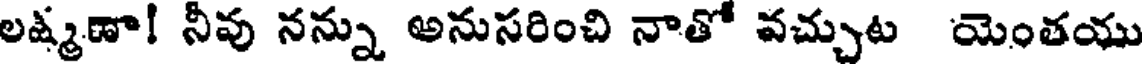
లష్మణా! నీవు నన్ను అనుసరించి నాతో వచ్చుట యెంతయు